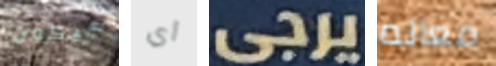
سيكون أي يرجى معالم